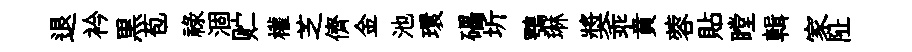
退衿黒苞禄涸贮權芝儕金池環礧圻鶚琳奬乖賁蓉貼瞠輯家阯